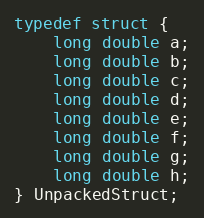
Language: C++
typedef struct {
    long double a;
    long double b;
    long double c;
    long double d;
    long double e;
    long double f;
    long double g;
    long double h;
} UnpackedStruct;